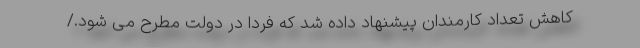
کاهش تعداد کارمندان پیشنهاد داده شد که فردا در دولت مطرح می شود./